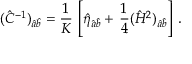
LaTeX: ( \hat { C } ^ { - 1 } ) _ { \hat { a } \hat { b } } = { \frac { 1 } { K } } \, \left[ \hat { \eta } _ { \hat { a } \hat { b } } + \, { \frac { 1 } { 4 } } ( \hat { { \cal H } } ^ { 2 } ) _ { \hat { a } \hat { b } } \right] \, .